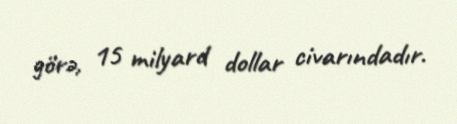
görə, 15 milyard dollar civarındadır.